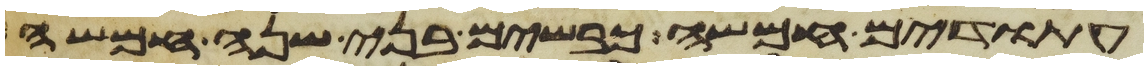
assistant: עתודים חמשה כבשים בני שנה חמשה